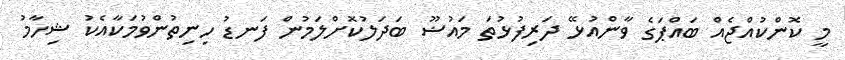
މީ ކޮންކުއްޖެއް ބައްޕަގެ ވާންއުޅޭ ދަރިފުޅުތަ މައުޟޫ ބަދަލުކޮށްލަމުން ފަނޑު ހިނިތުންވުމަކާއެކު ޝިހާމު